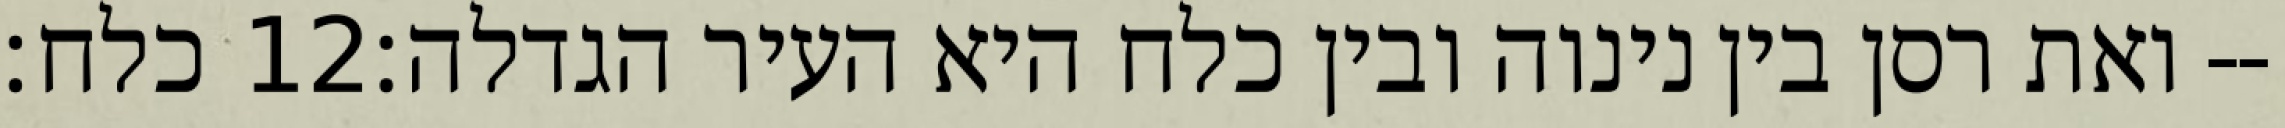
כלח׃ ‎12‏ ואת רסן בין נינוה ובין כלח היא העיר הגדלה׃--